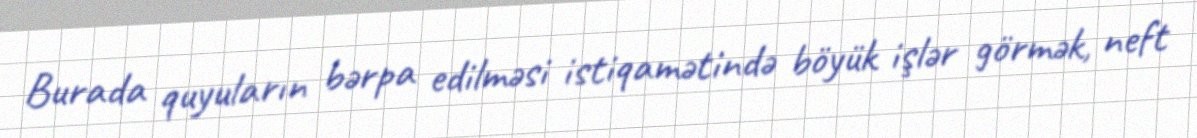
Burada quyuların bərpa edilməsi istiqamətində böyük işlər görmək, neft